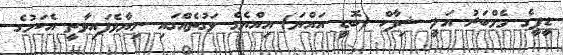
ޑީޕީގެ މެމްބަރު އަލީ ޝިފާހް (ބޮޑީ އައްޔަ) އިއްޔެގެ ވަގުތެއްގައި ނިޔާވެފައިވާތީ އެކަމުގެ